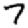
Digit: 7